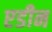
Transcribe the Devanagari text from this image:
एडीन